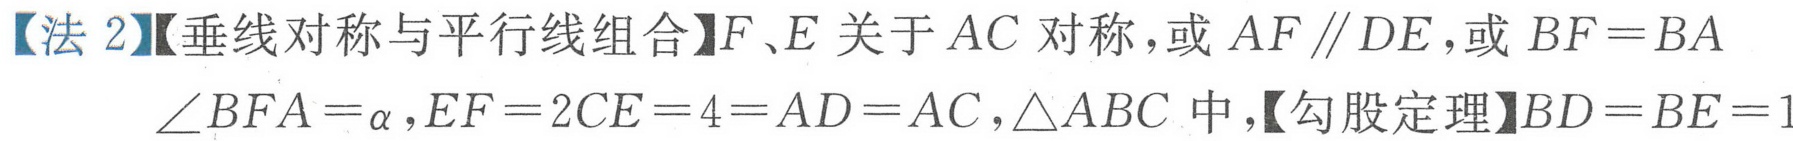
【法 2】【垂线对称与平行线组合】\(F、E\)关于\(AC\)对称，或\(AF\parallel DE\)，或\(BF = BA\)
\(\angle BFA=\alpha,EF = 2CE = 4=AD = AC,\triangle ABC\)中，【勾股定理】\(BD = BE = 1\)